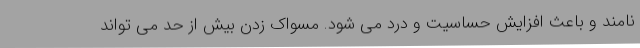
نامند و باعث افزایش حساسیت و درد می شود. مسواک زدن بیش از حد می تواند